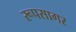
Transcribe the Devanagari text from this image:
रूपसागर